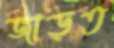
জাড়ত